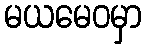
မယမေဝမှာ